Annual report of the Punjab Veterinary College and of the Civil Veterinary Department, Punjab - 1920-1925
Year: 1920
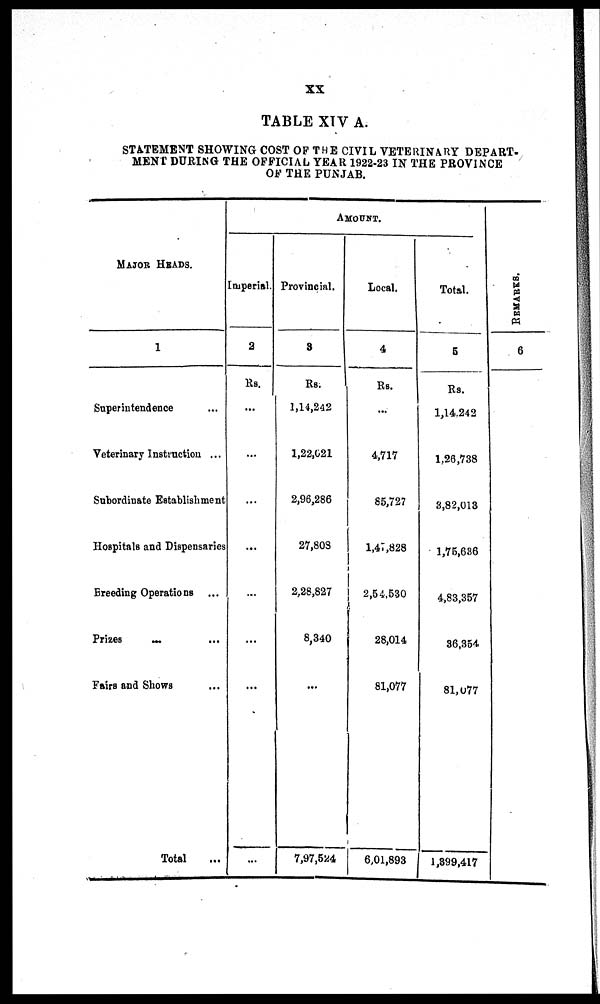
xx
TABLE XIV A.
STATEMENT SHOWING COST OF THE CIVIL VETERINARY DEPART-
MENT DURING THE OFFICIAL YEAR 1922-23 IN THE PROVINCE
OF THE PUNJAB.
MAJOR HEADS.
1
Superintendence ...
Veterinary Instruction ...
Subordinate Establishment
Hospitals and Dispensaries
Breeding Operations ...
Prizes ... ...
Fairs and Shows
Total ...
AMOUNT.
Imperial.
2
Rs.
...
...
...
...
...
...
...
...
Provincial.
3
Rs.
1,14,242
1,22,621
2,96,286
27,808
2,28,827
8,340
...
7,97,524
Local.
4
Rs.
...
4,717
85,727
1,47,828
2,54,530
28,014
81,077
6,01,893
Total.
5
Rs.
1,14,242
1,26,738
3,82,013
1,75,636
4,83,357
36,354
81,077
1,399,417
RE MARKS .
6